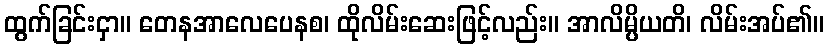
ထွက်ခြင်းငှာ။ တေနအာလေပေနစ၊ ထိုလိမ်းဆေးဖြင့်လည်း။ အာလိမ္ပိယတိ၊ လိမ်းအပ်၏။